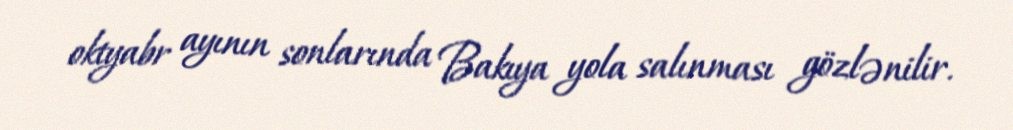
oktyabr ayının sonlarında Bakıya yola salınması gözlənilir.